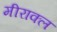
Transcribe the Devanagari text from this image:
मीराक्ल